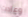
وعادت